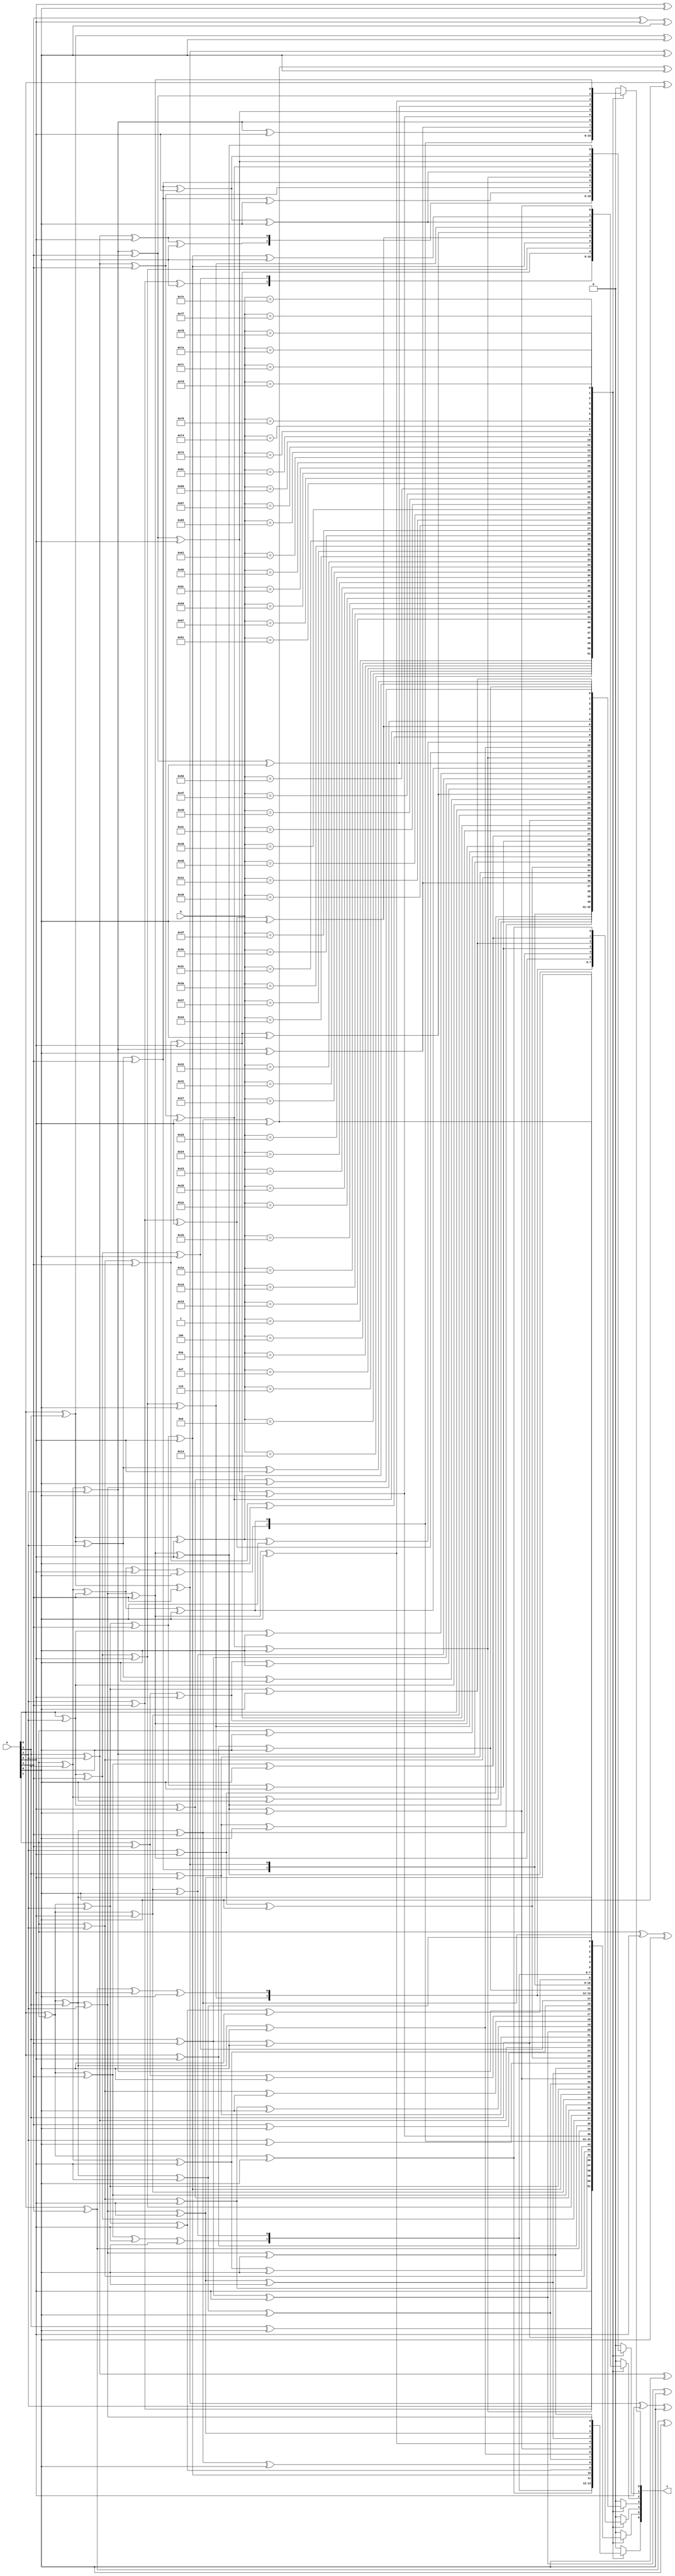
`timescale 1ns/100ps
module gf128mul(
    input       [6:0] a,
    input       [6:0] b,
    output  reg [6:0] z
);
always @(*)
begin
    case (b)
        7'd1:
            begin
                z[0] = a[0];
                z[1] = a[1];
                z[2] = a[2];
                z[3] = a[3];
                z[4] = a[4];
                z[5] = a[5];
                z[6] = a[6];
            end
        7'd4:
            begin
                z[0] = a[5];
                z[1] = a[6];
                z[2] = a[0];
                z[3] = a[1] ^ a[5];
                z[4] = a[2] ^ a[6];
                z[5] = a[3];
                z[6] = a[4];
            end
        7'd6:
            begin
                z[0] = a[5] ^ a[6];
                z[1] = a[0] ^ a[6];
                z[2] = a[0] ^ a[1];
                z[3] = a[1] ^ a[2] ^ a[5] ^ a[6];
                z[4] = a[2] ^ a[3] ^ a[6];
                z[5] = a[3] ^ a[4];
                z[6] = a[4] ^ a[5];
            end
        7'd8:
            begin
                z[0] = a[4];
                z[1] = a[5];
                z[2] = a[6];
                z[3] = a[0] ^ a[4];
                z[4] = a[1] ^ a[5];
                z[5] = a[2] ^ a[6];
                z[6] = a[3];
            end
        7'd10:
            begin
                z[0] = a[4] ^ a[6];
                z[1] = a[0] ^ a[5];
                z[2] = a[1] ^ a[6];
                z[3] = a[0] ^ a[2] ^ a[4] ^ a[6];
                z[4] = a[1] ^ a[3] ^ a[5];
                z[5] = a[2] ^ a[4] ^ a[6];
                z[6] = a[3] ^ a[5];
            end
        7'd15:
            begin
                z[0] = a[0] ^ a[4] ^ a[5] ^ a[6];
                z[1] = a[0] ^ a[1] ^ a[5] ^ a[6];
                z[2] = a[0] ^ a[1] ^ a[2] ^ a[6];
                z[3] = a[0] ^ a[1] ^ a[2] ^ a[3] ^ a[4] ^ a[5] ^ a[6];
                z[4] = a[1] ^ a[2] ^ a[3] ^ a[4] ^ a[5] ^ a[6];
                z[5] = a[2] ^ a[3] ^ a[4] ^ a[5] ^ a[6];
                z[6] = a[3] ^ a[4] ^ a[5] ^ a[6];
            end
        7'd20:
            begin
                z[0] = a[3] ^ a[5];
                z[1] = a[4] ^ a[6];
                z[2] = a[0] ^ a[5];
                z[3] = a[1] ^ a[3] ^ a[5] ^ a[6];
                z[4] = a[0] ^ a[2] ^ a[4] ^ a[6];
                z[5] = a[1] ^ a[3] ^ a[5];
                z[6] = a[2] ^ a[4] ^ a[6];
            end
        7'd21:
            begin
                z[0] = a[0] ^ a[3] ^ a[5];
                z[1] = a[1] ^ a[4] ^ a[6];
                z[2] = a[0] ^ a[2] ^ a[5];
                z[3] = a[1] ^ a[5] ^ a[6];
                z[4] = a[0] ^ a[2] ^ a[6];
                z[5] = a[1] ^ a[3];
                z[6] = a[2] ^ a[4];
            end
        7'd24:
            begin
                z[0] = a[3] ^ a[4];
                z[1] = a[4] ^ a[5];
                z[2] = a[5] ^ a[6];
                z[3] = a[0] ^ a[3] ^ a[4] ^ a[6];
                z[4] = a[0] ^ a[1] ^ a[4] ^ a[5];
                z[5] = a[1] ^ a[2] ^ a[5] ^ a[6];
                z[6] = a[2] ^ a[3] ^ a[6];
            end
        7'd26:
            begin
                z[0] = a[3] ^ a[4] ^ a[6];
                z[1] = a[0] ^ a[4] ^ a[5];
                z[2] = a[1] ^ a[5] ^ a[6];
                z[3] = a[0] ^ a[2] ^ a[3] ^ a[4];
                z[4] = a[0] ^ a[1] ^ a[3] ^ a[4] ^ a[5];
                z[5] = a[1] ^ a[2] ^ a[4] ^ a[5] ^ a[6];
                z[6] = a[2] ^ a[3] ^ a[5] ^ a[6];
            end
        7'd27:
            begin
                z[0] = a[0] ^ a[3] ^ a[4] ^ a[6];
                z[1] = a[0] ^ a[1] ^ a[4] ^ a[5];
                z[2] = a[1] ^ a[2] ^ a[5] ^ a[6];
                z[3] = a[0] ^ a[2] ^ a[4];
                z[4] = a[0] ^ a[1] ^ a[3] ^ a[5];
                z[5] = a[1] ^ a[2] ^ a[4] ^ a[6];
                z[6] = a[2] ^ a[3] ^ a[5];
            end
        7'd30:
            begin
                z[0] = a[3] ^ a[4] ^ a[5] ^ a[6];
                z[1] = a[0] ^ a[4] ^ a[5] ^ a[6];
                z[2] = a[0] ^ a[1] ^ a[5] ^ a[6];
                z[3] = a[0] ^ a[1] ^ a[2] ^ a[3] ^ a[4] ^ a[5];
                z[4] = a[0] ^ a[1] ^ a[2] ^ a[3] ^ a[4] ^ a[5] ^ a[6];
                z[5] = a[1] ^ a[2] ^ a[3] ^ a[4] ^ a[5] ^ a[6];
                z[6] = a[2] ^ a[3] ^ a[4] ^ a[5] ^ a[6];
            end
        7'd32:
            begin
                z[0] = a[2] ^ a[6];
                z[1] = a[3];
                z[2] = a[4];
                z[3] = a[2] ^ a[5] ^ a[6];
                z[4] = a[3] ^ a[6];
                z[5] = a[0] ^ a[4];
                z[6] = a[1] ^ a[5];
            end
        7'd35:
            begin
                z[0] = a[0] ^ a[2];
                z[1] = a[0] ^ a[1] ^ a[3];
                z[2] = a[1] ^ a[2] ^ a[4];
                z[3] = a[3] ^ a[5];
                z[4] = a[4] ^ a[6];
                z[5] = a[0] ^ a[5];
                z[6] = a[1] ^ a[6];
            end
        7'd36:
            begin
                z[0] = a[2] ^ a[5] ^ a[6];
                z[1] = a[3] ^ a[6];
                z[2] = a[0] ^ a[4];
                z[3] = a[1] ^ a[2] ^ a[6];
                z[4] = a[2] ^ a[3];
                z[5] = a[0] ^ a[3] ^ a[4];
                z[6] = a[1] ^ a[4] ^ a[5];
            end
        7'd37:
            begin
                z[0] = a[0] ^ a[2] ^ a[5] ^ a[6];
                z[1] = a[1] ^ a[3] ^ a[6];
                z[2] = a[0] ^ a[2] ^ a[4];
                z[3] = a[1] ^ a[2] ^ a[3] ^ a[6];
                z[4] = a[2] ^ a[3] ^ a[4];
                z[5] = a[0] ^ a[3] ^ a[4] ^ a[5];
                z[6] = a[1] ^ a[4] ^ a[5] ^ a[6];
            end
        7'd39:
            begin
                z[0] = a[0] ^ a[2] ^ a[5];
                z[1] = a[0] ^ a[1] ^ a[3] ^ a[6];
                z[2] = a[0] ^ a[1] ^ a[2] ^ a[4];
                z[3] = a[1] ^ a[3];
                z[4] = a[2] ^ a[4];
                z[5] = a[0] ^ a[3] ^ a[5];
                z[6] = a[1] ^ a[4] ^ a[6];
            end
        7'd49:
            begin
                z[0] = a[0] ^ a[2] ^ a[3] ^ a[6];
                z[1] = a[1] ^ a[3] ^ a[4];
                z[2] = a[2] ^ a[4] ^ a[5];
                z[3] = a[2] ^ a[5];
                z[4] = a[0] ^ a[3] ^ a[6];
                z[5] = a[0] ^ a[1] ^ a[4];
                z[6] = a[1] ^ a[2] ^ a[5];
            end
        7'd50:
            begin
                z[0] = a[2] ^ a[3];
                z[1] = a[0] ^ a[3] ^ a[4];
                z[2] = a[1] ^ a[4] ^ a[5];
                z[3] = a[3] ^ a[5] ^ a[6];
                z[4] = a[0] ^ a[4] ^ a[6];
                z[5] = a[0] ^ a[1] ^ a[5];
                z[6] = a[1] ^ a[2] ^ a[6];
            end
        7'd52:
            begin
                z[0] = a[2] ^ a[3] ^ a[5] ^ a[6];
                z[1] = a[3] ^ a[4] ^ a[6];
                z[2] = a[0] ^ a[4] ^ a[5];
                z[3] = a[1] ^ a[2] ^ a[3];
                z[4] = a[0] ^ a[2] ^ a[3] ^ a[4];
                z[5] = a[0] ^ a[1] ^ a[3] ^ a[4] ^ a[5];
                z[6] = a[1] ^ a[2] ^ a[4] ^ a[5] ^ a[6];
            end
        7'd55:
            begin
                z[0] = a[0] ^ a[2] ^ a[3] ^ a[5];
                z[1] = a[0] ^ a[1] ^ a[3] ^ a[4] ^ a[6];
                z[2] = a[0] ^ a[1] ^ a[2] ^ a[4] ^ a[5];
                z[3] = a[1] ^ a[6];
                z[4] = a[0] ^ a[2];
                z[5] = a[0] ^ a[1] ^ a[3];
                z[6] = a[1] ^ a[2] ^ a[4];
            end
        7'd58:
            begin
                z[0] = a[2] ^ a[3] ^ a[4];
                z[1] = a[0] ^ a[3] ^ a[4] ^ a[5];
                z[2] = a[1] ^ a[4] ^ a[5] ^ a[6];
                z[3] = a[0] ^ a[3] ^ a[4] ^ a[5] ^ a[6];
                z[4] = a[0] ^ a[1] ^ a[4] ^ a[5] ^ a[6];
                z[5] = a[0] ^ a[1] ^ a[2] ^ a[5] ^ a[6];
                z[6] = a[1] ^ a[2] ^ a[3] ^ a[6];
            end
        7'd60:
            begin
                z[0] = a[2] ^ a[3] ^ a[4] ^ a[5] ^ a[6];
                z[1] = a[3] ^ a[4] ^ a[5] ^ a[6];
                z[2] = a[0] ^ a[4] ^ a[5] ^ a[6];
                z[3] = a[0] ^ a[1] ^ a[2] ^ a[3] ^ a[4];
                z[4] = a[0] ^ a[1] ^ a[2] ^ a[3] ^ a[4] ^ a[5];
                z[5] = a[0] ^ a[1] ^ a[2] ^ a[3] ^ a[4] ^ a[5] ^ a[6];
                z[6] = a[1] ^ a[2] ^ a[3] ^ a[4] ^ a[5] ^ a[6];
            end
        7'd62:
            begin
                z[0] = a[2] ^ a[3] ^ a[4] ^ a[5];
                z[1] = a[0] ^ a[3] ^ a[4] ^ a[5] ^ a[6];
                z[2] = a[0] ^ a[1] ^ a[4] ^ a[5] ^ a[6];
                z[3] = a[0] ^ a[1] ^ a[3] ^ a[4] ^ a[6];
                z[4] = a[0] ^ a[1] ^ a[2] ^ a[4] ^ a[5];
                z[5] = a[0] ^ a[1] ^ a[2] ^ a[3] ^ a[5] ^ a[6];
                z[6] = a[1] ^ a[2] ^ a[3] ^ a[4] ^ a[6];
            end
        7'd63:
            begin
                z[0] = a[0] ^ a[2] ^ a[3] ^ a[4] ^ a[5];
                z[1] = a[0] ^ a[1] ^ a[3] ^ a[4] ^ a[5] ^ a[6];
                z[2] = a[0] ^ a[1] ^ a[2] ^ a[4] ^ a[5] ^ a[6];
                z[3] = a[0] ^ a[1] ^ a[4] ^ a[6];
                z[4] = a[0] ^ a[1] ^ a[2] ^ a[5];
                z[5] = a[0] ^ a[1] ^ a[2] ^ a[3] ^ a[6];
                z[6] = a[1] ^ a[2] ^ a[3] ^ a[4];
            end
        7'd64:
            begin
                z[0] = a[1] ^ a[5];
                z[1] = a[2] ^ a[6];
                z[2] = a[3];
                z[3] = a[1] ^ a[4] ^ a[5];
                z[4] = a[2] ^ a[5] ^ a[6];
                z[5] = a[3] ^ a[6];
                z[6] = a[0] ^ a[4];
            end
        7'd65:
            begin
                z[0] = a[0] ^ a[1] ^ a[5];
                z[1] = a[1] ^ a[2] ^ a[6];
                z[2] = a[2] ^ a[3];
                z[3] = a[1] ^ a[3] ^ a[4] ^ a[5];
                z[4] = a[2] ^ a[4] ^ a[5] ^ a[6];
                z[5] = a[3] ^ a[5] ^ a[6];
                z[6] = a[0] ^ a[4] ^ a[6];
            end
        7'd70:
            begin
                z[0] = a[1] ^ a[6];
                z[1] = a[0] ^ a[2];
                z[2] = a[0] ^ a[1] ^ a[3];
                z[3] = a[2] ^ a[4] ^ a[6];
                z[4] = a[3] ^ a[5];
                z[5] = a[4] ^ a[6];
                z[6] = a[0] ^ a[5];
            end
        7'd72:
            begin
                z[0] = a[1] ^ a[4] ^ a[5];
                z[1] = a[2] ^ a[5] ^ a[6];
                z[2] = a[3] ^ a[6];
                z[3] = a[0] ^ a[1] ^ a[5];
                z[4] = a[1] ^ a[2] ^ a[6];
                z[5] = a[2] ^ a[3];
                z[6] = a[0] ^ a[3] ^ a[4];
            end
        7'd76:
            begin
                z[0] = a[1] ^ a[4];
                z[1] = a[2] ^ a[5];
                z[2] = a[0] ^ a[3] ^ a[6];
                z[3] = a[0];
                z[4] = a[1];
                z[5] = a[2];
                z[6] = a[0] ^ a[3];
            end
        7'd77:
            begin
                z[0] = a[0] ^ a[1] ^ a[4];
                z[1] = a[1] ^ a[2] ^ a[5];
                z[2] = a[0] ^ a[2] ^ a[3] ^ a[6];
                z[3] = a[0] ^ a[3];
                z[4] = a[1] ^ a[4];
                z[5] = a[2] ^ a[5];
                z[6] = a[0] ^ a[3] ^ a[6];
            end
        7'd79:
            begin
                z[0] = a[0] ^ a[1] ^ a[4] ^ a[6];
                z[1] = a[0] ^ a[1] ^ a[2] ^ a[5];
                z[2] = a[0] ^ a[1] ^ a[2] ^ a[3] ^ a[6];
                z[3] = a[0] ^ a[2] ^ a[3] ^ a[6];
                z[4] = a[1] ^ a[3] ^ a[4];
                z[5] = a[2] ^ a[4] ^ a[5];
                z[6] = a[0] ^ a[3] ^ a[5] ^ a[6];
            end
        7'd80:
            begin
                z[0] = a[1] ^ a[3] ^ a[5];
                z[1] = a[2] ^ a[4] ^ a[6];
                z[2] = a[3] ^ a[5];
                z[3] = a[1] ^ a[3] ^ a[4] ^ a[5] ^ a[6];
                z[4] = a[0] ^ a[2] ^ a[4] ^ a[5] ^ a[6];
                z[5] = a[1] ^ a[3] ^ a[5] ^ a[6];
                z[6] = a[0] ^ a[2] ^ a[4] ^ a[6];
            end
        7'd81:
            begin
                z[0] = a[0] ^ a[1] ^ a[3] ^ a[5];
                z[1] = a[1] ^ a[2] ^ a[4] ^ a[6];
                z[2] = a[2] ^ a[3] ^ a[5];
                z[3] = a[1] ^ a[4] ^ a[5] ^ a[6];
                z[4] = a[0] ^ a[2] ^ a[5] ^ a[6];
                z[5] = a[1] ^ a[3] ^ a[6];
                z[6] = a[0] ^ a[2] ^ a[4];
            end
        7'd87:
            begin
                z[0] = a[0] ^ a[1] ^ a[3] ^ a[6];
                z[1] = a[0] ^ a[1] ^ a[2] ^ a[4];
                z[2] = a[0] ^ a[1] ^ a[2] ^ a[3] ^ a[5];
                z[3] = a[2] ^ a[4];
                z[4] = a[0] ^ a[3] ^ a[5];
                z[5] = a[1] ^ a[4] ^ a[6];
                z[6] = a[0] ^ a[2] ^ a[5];
            end
        7'd89:
            begin
                z[0] = a[0] ^ a[1] ^ a[3] ^ a[4] ^ a[5];
                z[1] = a[1] ^ a[2] ^ a[4] ^ a[5] ^ a[6];
                z[2] = a[2] ^ a[3] ^ a[5] ^ a[6];
                z[3] = a[0] ^ a[1] ^ a[5] ^ a[6];
                z[4] = a[0] ^ a[1] ^ a[2] ^ a[6];
                z[5] = a[1] ^ a[2] ^ a[3];
                z[6] = a[0] ^ a[2] ^ a[3] ^ a[4];
            end
        7'd92:
            begin
                z[0] = a[1] ^ a[3] ^ a[4];
                z[1] = a[2] ^ a[4] ^ a[5];
                z[2] = a[0] ^ a[3] ^ a[5] ^ a[6];
                z[3] = a[0] ^ a[3] ^ a[6];
                z[4] = a[0] ^ a[1] ^ a[4];
                z[5] = a[1] ^ a[2] ^ a[5];
                z[6] = a[0] ^ a[2] ^ a[3] ^ a[6];
            end
        7'd96:
            begin
                z[0] = a[1] ^ a[2] ^ a[5] ^ a[6];
                z[1] = a[2] ^ a[3] ^ a[6];
                z[2] = a[3] ^ a[4];
                z[3] = a[1] ^ a[2] ^ a[4] ^ a[6];
                z[4] = a[2] ^ a[3] ^ a[5];
                z[5] = a[0] ^ a[3] ^ a[4] ^ a[6];
                z[6] = a[0] ^ a[1] ^ a[4] ^ a[5];
            end
        7'd97:
            begin
                z[0] = a[0] ^ a[1] ^ a[2] ^ a[5] ^ a[6];
                z[1] = a[1] ^ a[2] ^ a[3] ^ a[6];
                z[2] = a[2] ^ a[3] ^ a[4];
                z[3] = a[1] ^ a[2] ^ a[3] ^ a[4] ^ a[6];
                z[4] = a[2] ^ a[3] ^ a[4] ^ a[5];
                z[5] = a[0] ^ a[3] ^ a[4] ^ a[5] ^ a[6];
                z[6] = a[0] ^ a[1] ^ a[4] ^ a[5] ^ a[6];
            end
        7'd101:
            begin
                z[0] = a[0] ^ a[1] ^ a[2] ^ a[6];
                z[1] = a[1] ^ a[2] ^ a[3];
                z[2] = a[0] ^ a[2] ^ a[3] ^ a[4];
                z[3] = a[2] ^ a[3] ^ a[4] ^ a[5] ^ a[6];
                z[4] = a[3] ^ a[4] ^ a[5] ^ a[6];
                z[5] = a[0] ^ a[4] ^ a[5] ^ a[6];
                z[6] = a[0] ^ a[1] ^ a[5] ^ a[6];
            end
        7'd103:
            begin
                z[0] = a[0] ^ a[1] ^ a[2];
                z[1] = a[0] ^ a[1] ^ a[2] ^ a[3];
                z[2] = a[0] ^ a[1] ^ a[2] ^ a[3] ^ a[4];
                z[3] = a[3] ^ a[4] ^ a[5];
                z[4] = a[4] ^ a[5] ^ a[6];
                z[5] = a[0] ^ a[5] ^ a[6];
                z[6] = a[0] ^ a[1] ^ a[6];
            end
        7'd104:
            begin
                z[0] = a[1] ^ a[2] ^ a[4] ^ a[5] ^ a[6];
                z[1] = a[2] ^ a[3] ^ a[5] ^ a[6];
                z[2] = a[3] ^ a[4] ^ a[6];
                z[3] = a[0] ^ a[1] ^ a[2] ^ a[6];
                z[4] = a[1] ^ a[2] ^ a[3];
                z[5] = a[0] ^ a[2] ^ a[3] ^ a[4];
                z[6] = a[0] ^ a[1] ^ a[3] ^ a[4] ^ a[5];
            end
        7'd108:
            begin
                z[0] = a[1] ^ a[2] ^ a[4] ^ a[6];
                z[1] = a[2] ^ a[3] ^ a[5];
                z[2] = a[0] ^ a[3] ^ a[4] ^ a[6];
                z[3] = a[0] ^ a[2] ^ a[5] ^ a[6];
                z[4] = a[1] ^ a[3] ^ a[6];
                z[5] = a[0] ^ a[2] ^ a[4];
                z[6] = a[0] ^ a[1] ^ a[3] ^ a[5];
            end
        7'd114:
            begin
                z[0] = a[1] ^ a[2] ^ a[3] ^ a[5];
                z[1] = a[0] ^ a[2] ^ a[3] ^ a[4] ^ a[6];
                z[2] = a[1] ^ a[3] ^ a[4] ^ a[5];
                z[3] = a[1] ^ a[3] ^ a[4] ^ a[6];
                z[4] = a[0] ^ a[2] ^ a[4] ^ a[5];
                z[5] = a[0] ^ a[1] ^ a[3] ^ a[5] ^ a[6];
                z[6] = a[0] ^ a[1] ^ a[2] ^ a[4] ^ a[6];
            end
        7'd116:
            begin
                z[0] = a[1] ^ a[2] ^ a[3] ^ a[6];
                z[1] = a[2] ^ a[3] ^ a[4];
                z[2] = a[0] ^ a[3] ^ a[4] ^ a[5];
                z[3] = a[2] ^ a[3] ^ a[4] ^ a[5];
                z[4] = a[0] ^ a[3] ^ a[4] ^ a[5] ^ a[6];
                z[5] = a[0] ^ a[1] ^ a[4] ^ a[5] ^ a[6];
                z[6] = a[0] ^ a[1] ^ a[2] ^ a[5] ^ a[6];
            end
        7'd118:
            begin
                z[0] = a[1] ^ a[2] ^ a[3];
                z[1] = a[0] ^ a[2] ^ a[3] ^ a[4];
                z[2] = a[0] ^ a[1] ^ a[3] ^ a[4] ^ a[5];
                z[3] = a[3] ^ a[4] ^ a[5] ^ a[6];
                z[4] = a[0] ^ a[4] ^ a[5] ^ a[6];
                z[5] = a[0] ^ a[1] ^ a[5] ^ a[6];
                z[6] = a[0] ^ a[1] ^ a[2] ^ a[6];
            end
        7'd120:
            begin
                z[0] = a[1] ^ a[2] ^ a[3] ^ a[4] ^ a[5] ^ a[6];
                z[1] = a[2] ^ a[3] ^ a[4] ^ a[5] ^ a[6];
                z[2] = a[3] ^ a[4] ^ a[5] ^ a[6];
                z[3] = a[0] ^ a[1] ^ a[2] ^ a[3];
                z[4] = a[0] ^ a[1] ^ a[2] ^ a[3] ^ a[4];
                z[5] = a[0] ^ a[1] ^ a[2] ^ a[3] ^ a[4] ^ a[5];
                z[6] = a[0] ^ a[1] ^ a[2] ^ a[3] ^ a[4] ^ a[5] ^ a[6];
            end
        7'd122:
            begin
                z[0] = a[1] ^ a[2] ^ a[3] ^ a[4] ^ a[5];
                z[1] = a[0] ^ a[2] ^ a[3] ^ a[4] ^ a[5] ^ a[6];
                z[2] = a[1] ^ a[3] ^ a[4] ^ a[5] ^ a[6];
                z[3] = a[0] ^ a[1] ^ a[3] ^ a[6];
                z[4] = a[0] ^ a[1] ^ a[2] ^ a[4];
                z[5] = a[0] ^ a[1] ^ a[2] ^ a[3] ^ a[5];
                z[6] = a[0] ^ a[1] ^ a[2] ^ a[3] ^ a[4] ^ a[6];
            end
        7'd124:
            begin
                z[0] = a[1] ^ a[2] ^ a[3] ^ a[4] ^ a[6];
                z[1] = a[2] ^ a[3] ^ a[4] ^ a[5];
                z[2] = a[0] ^ a[3] ^ a[4] ^ a[5] ^ a[6];
                z[3] = a[0] ^ a[2] ^ a[3] ^ a[5];
                z[4] = a[0] ^ a[1] ^ a[3] ^ a[4] ^ a[6];
                z[5] = a[0] ^ a[1] ^ a[2] ^ a[4] ^ a[5];
                z[6] = a[0] ^ a[1] ^ a[2] ^ a[3] ^ a[5] ^ a[6];
            end
        7'd125:
            begin
                z[0] = a[0] ^ a[1] ^ a[2] ^ a[3] ^ a[4] ^ a[6];
                z[1] = a[1] ^ a[2] ^ a[3] ^ a[4] ^ a[5];
                z[2] = a[0] ^ a[2] ^ a[3] ^ a[4] ^ a[5] ^ a[6];
                z[3] = a[0] ^ a[2] ^ a[5];
                z[4] = a[0] ^ a[1] ^ a[3] ^ a[6];
                z[5] = a[0] ^ a[1] ^ a[2] ^ a[4];
                z[6] = a[0] ^ a[1] ^ a[2] ^ a[3] ^ a[5];
            end
        7'd126:
            begin
                z[0] = a[1] ^ a[2] ^ a[3] ^ a[4];
                z[1] = a[0] ^ a[2] ^ a[3] ^ a[4] ^ a[5];
                z[2] = a[0] ^ a[1] ^ a[3] ^ a[4] ^ a[5] ^ a[6];
                z[3] = a[0] ^ a[3] ^ a[5] ^ a[6];
                z[4] = a[0] ^ a[1] ^ a[4] ^ a[6];
                z[5] = a[0] ^ a[1] ^ a[2] ^ a[5];
                z[6] = a[0] ^ a[1] ^ a[2] ^ a[3] ^ a[6];
            end
        7'd127:
            begin
                z[0] = a[0] ^ a[1] ^ a[2] ^ a[3] ^ a[4];
                z[1] = a[0] ^ a[1] ^ a[2] ^ a[3] ^ a[4] ^ a[5];
                z[2] = a[0] ^ a[1] ^ a[2] ^ a[3] ^ a[4] ^ a[5] ^ a[6];
                z[3] = a[0] ^ a[5] ^ a[6];
                z[4] = a[0] ^ a[1] ^ a[6];
                z[5] = a[0] ^ a[1] ^ a[2];
                z[6] = a[0] ^ a[1] ^ a[2] ^ a[3];
            end
        default:
            begin
                z[0] = 0; 
                z[1] = 0; 
                z[2] = 0; 
                z[3] = 0; 
                z[4] = 0; 
                z[5] = 0; 
                z[6] = 0; 
            end
    endcase
end
endmodule